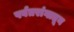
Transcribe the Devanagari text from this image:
पर्वतरांगातून